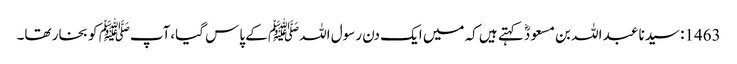
1463: سیدنا عبد اللہ بن مسعودؓ کہتے ہیں کہ میں ایک دن رسول اللہﷺ کے پاس گیا،آپﷺ کو بخار تھا۔